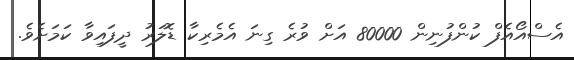
އެސްއޯއެފް ކުންފުނިން 80000 އަށް ވުރެ ގިނަ އެމެރިކާ ޑޮލަރު ދީފައިވާ ކަމަށެވެ.